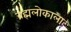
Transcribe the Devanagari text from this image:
ब्रह्मलोकाला